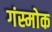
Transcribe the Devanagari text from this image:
गंस्मोक